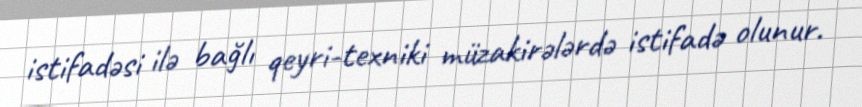
istifadəsi ilə bağlı qeyri-texniki müzakirələrdə istifadə olunur.